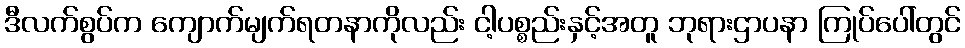
ဒီလက်စွပ်က ကျောက်မျက်ရတနာကိုလည်း ငါ့ပစ္စည်းနှင့်အတူ ဘုရားဌာပနာ ကြုပ်ပေါ်တွင်